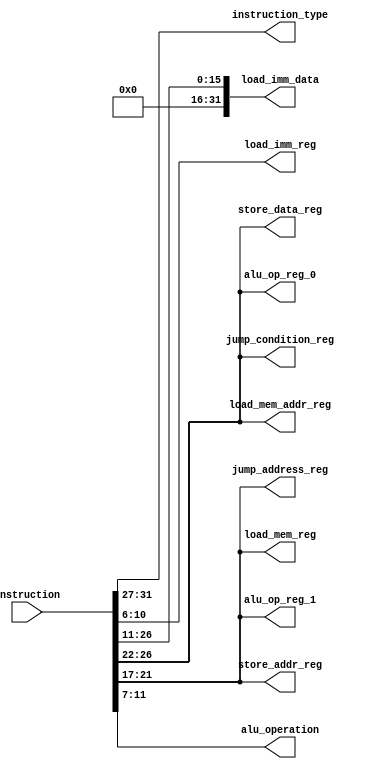
module basic_pipeline_decoder(
               /* verilator lint_off UNUSED */
               input [31:0]  instruction,


               // Outputs
               output [4:0]  instruction_type,
               output [4:0]  load_imm_reg,
               output [31:0] load_imm_data,

               output [4:0]  load_mem_addr_reg,
               output [4:0]  load_mem_reg,

               output [4:0]  store_data_reg,
               output [4:0]  store_addr_reg,
               
               output [4:0]  alu_op_reg_0,
               output [4:0]  alu_op_reg_1,
               output [4:0]  alu_operation,

               output [4:0] jump_condition_reg,
               output [4:0] jump_address_reg
               );
   
   assign instruction_type = instruction[31:27];

   assign store_data_reg = instruction[26:22];
   assign store_addr_reg = instruction[21:17];
   

   assign load_imm_reg = instruction[10:6];
   assign load_imm_data = {{16{1'b0}}, instruction[26:11]};

   assign load_mem_addr_reg = instruction[26:22];
   assign load_mem_reg = instruction[21:17];
   
   assign alu_op_reg_0 = instruction[26:22];
   assign alu_op_reg_1 = instruction[21:17];
   assign alu_operation = instruction[11:7];

   assign jump_condition_reg = instruction[26:22];
   assign jump_address_reg = instruction[21:17];

endmodule